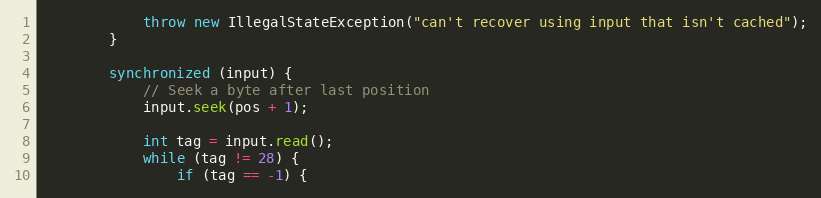
Language: Java
			throw new IllegalStateException("can't recover using input that isn't cached");
		}

		synchronized (input) {
			// Seek a byte after last position
			input.seek(pos + 1);

			int tag = input.read();
			while (tag != 28) {
				if (tag == -1) {